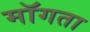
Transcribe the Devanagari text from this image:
माॅगता